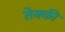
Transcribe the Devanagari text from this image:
तेक्की